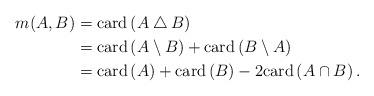
LaTeX: \begin{align*}m(A,B) &= \mbox{card}\left(A\bigtriangleup B\right)\\ &= \mbox{card}\left(A\setminus B\right) + \mbox{card}\left(B\setminus A\right)\\ &= \mbox{card}\left(A\right) + \mbox{card}\left(B\right) - 2\mbox{card}\left(A\cap B\right).\end{align*}